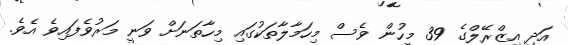
އަދި އިޒްރޭލްގެ 39 މީހުން ވެސް މިހަމާލާތަކުގައި މިހާތަނަށް ވަނީ މަރުވެފައިވެ އެވެ.